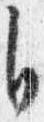
自